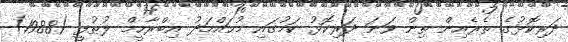
ދަރިކޮޅުގެ ތެރެއިން ތިން ވަނަ ދަރިކޮޅު ކަމުގައި މުޙައްމަދު އިބްރާހީމް ލުޠުފީ (1988)